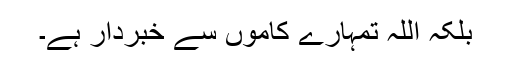
بلکہ اللہ تمہارے کاموں سے خبردار ہے۔